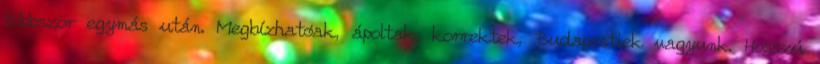
többször egymás után. Megbízhatóak, ápoltak, korrektek, Budapestiek vagyunk. Hosszú